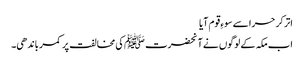
اتر کر حرا سے سوءِ قوم آیا
اب مکہ کے لوگوں نے آنحضرت ﷺکی مخالفت پر کمر باندھی۔